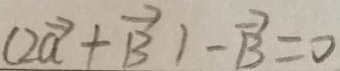
( 2 \overrightarrow { a } + \overrightarrow { B } ) - \overrightarrow { B } = 0